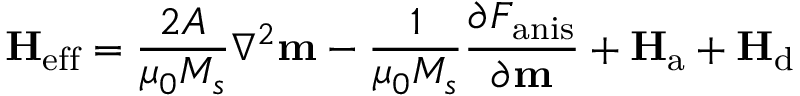
\mathbf { H } _ { \mathrm { e f f } } = { \frac { 2 A } { \mu _ { 0 } M _ { s } } } \nabla ^ { 2 } \mathbf { m } - { \frac { 1 } { \mu _ { 0 } M _ { s } } } { \frac { \partial F _ { \mathrm { a n i s } } } { \partial \mathbf { m } } } + \mathbf { H } _ { \mathrm { a } } + \mathbf { H } _ { \mathrm { d } }